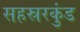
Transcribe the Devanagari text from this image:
सहस्ररकुंड